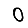
Digit: 0